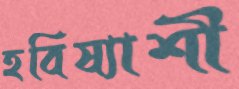
হবিষ্যাশী